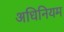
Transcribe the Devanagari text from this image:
अधिनियम